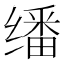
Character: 𬙆